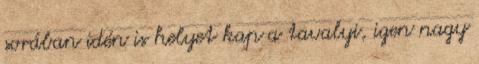
sorában idén is helyet kap a tavalyi, igen nagy